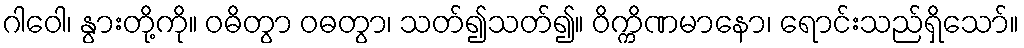
ဂါဝေါ၊ နွားတို့ကို။ ဝဓိတွာ ဝဓတွာ၊ သတ်၍သတ်၍။ ဝိက္ကိဏမာနော၊ ရောင်းသည်ရှိသော်။